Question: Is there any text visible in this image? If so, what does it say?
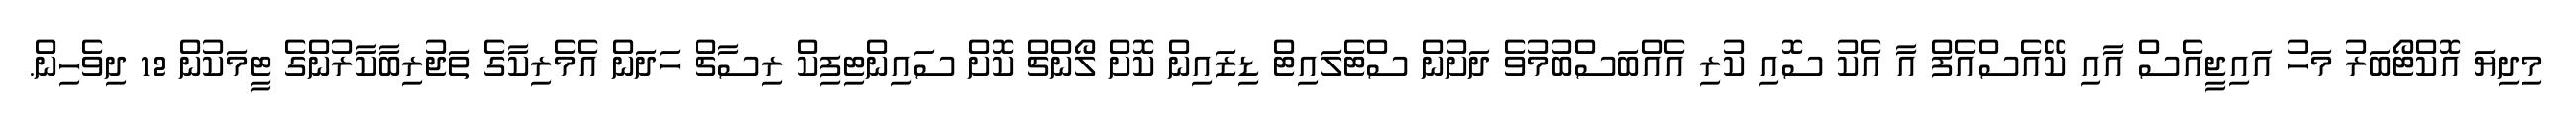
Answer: މިދިޔަ އޮކްޓޯބަރު މަހު އައިޖީއެސް އާއި ކޭއެސްއެފް އާ އެކު ސޮއި ކުރި އެއްބަސްބުމުވެ ދަށުން ސްޓެލައިޓް ޑިޒައިން ކޮށް ލޯންޗް ކޮށް ސައިންޓިފިކް ރިސާޗް ހަދަން އެމެރިކާގެ ތަޖުރިބާކާރުންގެ ޓީމަކުން 12 ދިވެހިން.